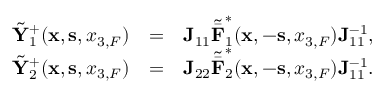
\begin{array} { r l r } { \tilde { { \bf Y } } _ { 1 } ^ { + } ( { { \bf x } } , { { \bf s } } , { x _ { 3 , F } } ) } & { = } & { { \bf J } _ { 1 1 } { \tilde { \bar { \bf F } } } _ { 1 } ^ { * } ( { { \bf x } } , - { { \bf s } } , { x _ { 3 , F } } ) { \bf J } _ { 1 1 } ^ { - 1 } , } \\ { \tilde { { \bf Y } } _ { 2 } ^ { + } ( { { \bf x } } , { { \bf s } } , { x _ { 3 , F } } ) } & { = } & { { \bf J } _ { 2 2 } { \tilde { \bar { \bf F } } } _ { 2 } ^ { * } ( { { \bf x } } , - { { \bf s } } , { x _ { 3 , F } } ) { \bf J } _ { 1 1 } ^ { - 1 } . } \end{array}